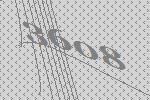
3608